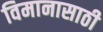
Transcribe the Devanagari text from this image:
विमानासाठी